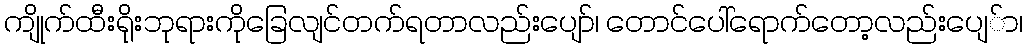
ကျိုက်ထီးရိုးဘုရားကိုခြေလျင်တက်ရတာလည်းပျော်၊ တောင်ပေါ်ရောက်တော့လည်းပျေ်ာ၊